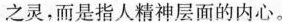
之灵，而是指人精神层面的内心。